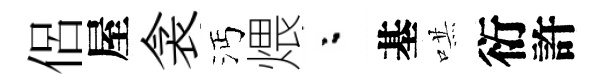
侶屋衾沔煨粉基哄衍許